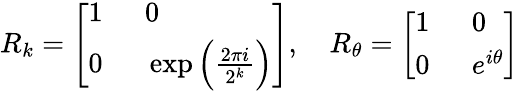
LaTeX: R_{k}=\left[\begin{array}{ll}{1~}&{~0}\\ {0~}&{~\exp\Big(\frac{2\pi i}{2^{k}}\Big)}\end{array}\right],~~~~R_{\theta}=\left[\begin{array}{ll}{1~}&{~0}\\ {0~}&{~e^{i\theta}}\end{array}\right]